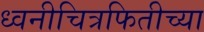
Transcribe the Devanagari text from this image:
ध्वनीचित्रफितीच्या